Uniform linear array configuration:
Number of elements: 32
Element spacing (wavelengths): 0.75
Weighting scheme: binomial
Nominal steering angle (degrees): -45
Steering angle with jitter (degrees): -45.029
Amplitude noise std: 0.05
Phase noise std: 0.05

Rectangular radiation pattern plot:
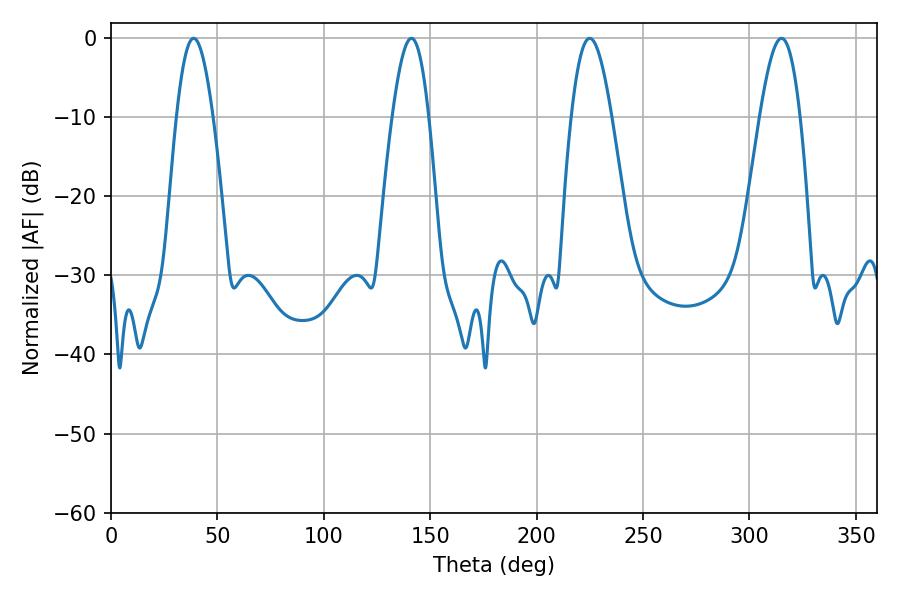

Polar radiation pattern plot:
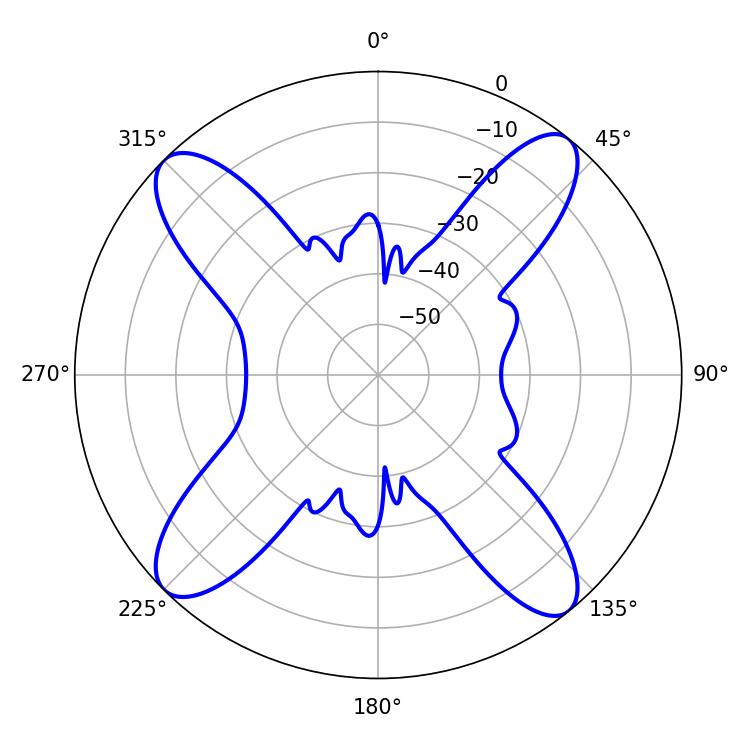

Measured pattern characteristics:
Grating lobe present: TRUE
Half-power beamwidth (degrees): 9.18
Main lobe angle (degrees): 38.88